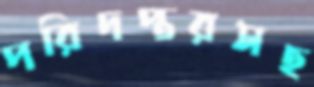
পরিদপ্তরসহ